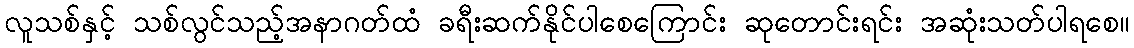
လူသစ်နှင့် သစ်လွင်သည့်အနာဂတ်ထံ ခရီးဆက်နိုင်ပါစေကြောင်း ဆုတောင်းရင်း အဆုံးသတ်ပါရစေ။